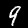
Label: 9